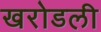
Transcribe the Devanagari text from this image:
खरोडली